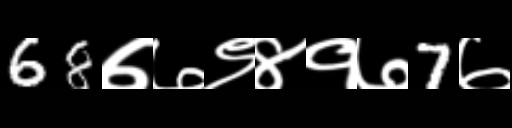
Text: 68७७९४१७7७